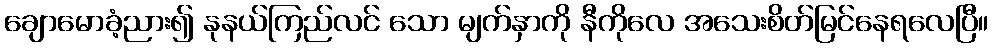
ချောမောခံ့ညား၍ နုနယ်ကြည်လင် သော မျက်နှာကို နီကိုလေ အသေးစိတ်မြင်နေရလေပြီ။